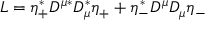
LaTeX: L = \eta _ { + } ^ { * } D ^ { \mu * } D _ { \mu } ^ { * } \eta _ { + } + \eta _ { - } ^ { * } D ^ { \mu } D _ { \mu } \eta _ { - }